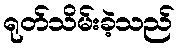
ရုတ်သိမ်းခဲ့သည်